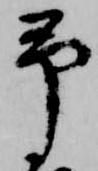
予